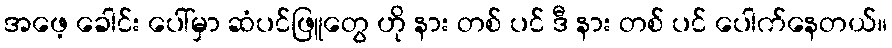
အဖေ့ ခေါင်း ပေါ်မှာ ဆံပင်ဖြူတွေ ဟို နား တစ် ပင် ဒီ နား တစ် ပင် ပေါက်နေတယ်။